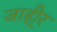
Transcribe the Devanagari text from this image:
जाही्र